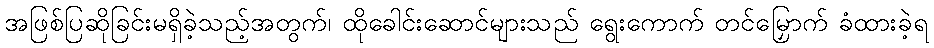
အဖြစ်ပြဆိုခြင်းမရှိခဲ့သည့်အတွက်၊ ထိုခေါင်းဆောင်များသည် ရွေးကောက် တင်မြှောက် ခံထားခဲ့ရ